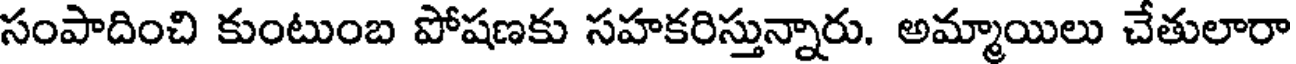
సంపాదించి కుంటుంబ పోషణకు సహకరిస్తున్నారు. అమ్మాయిలు చేతులారా